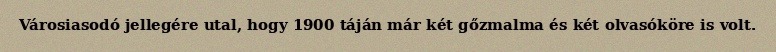
Városiasodó jellegére utal, hogy 1900 táján már két gőzmalma és két olvasóköre is volt.